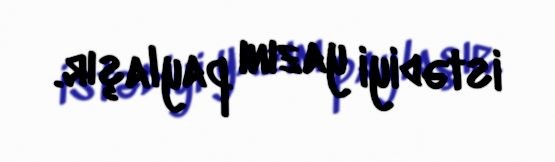
istədiyi yazını paylaşır.